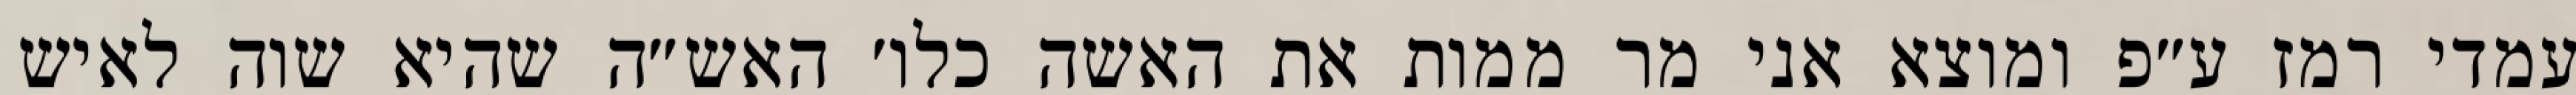
עמדי רמז ע״פ ומוצא אני מר ממות את האשה כלו׳ האש״ה שהיא שוה לאיש